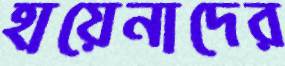
হায়েনাদের